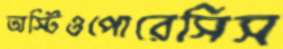
অস্টিওপোরেসিস